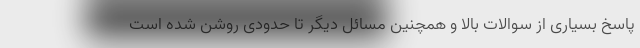
پاسخ بسیاری از سوالات بالا و همچنین مسائل دیگر تا حدودی روشن شده است